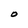
Character: O